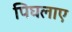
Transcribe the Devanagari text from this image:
पिघलाए